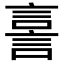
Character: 𧨟